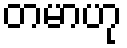
တမာဟု